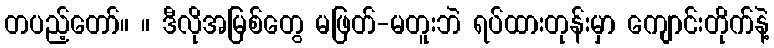
တပည့်တော်။ ။ ဒီလိုအမြစ်တွေ မဖြတ်-မတူးဘဲ ရပ်ထားတုန်းမှာ ကျောင်းတိုက်နဲ့